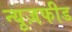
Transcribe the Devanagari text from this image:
न्यूज़फीड